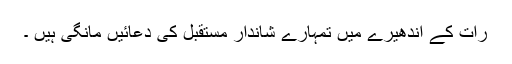
رات کے اندھیرے میں تمہارے شاندار مستقبل کی دعائیں مانگی ہیں ۔